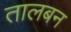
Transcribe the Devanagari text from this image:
तालबन